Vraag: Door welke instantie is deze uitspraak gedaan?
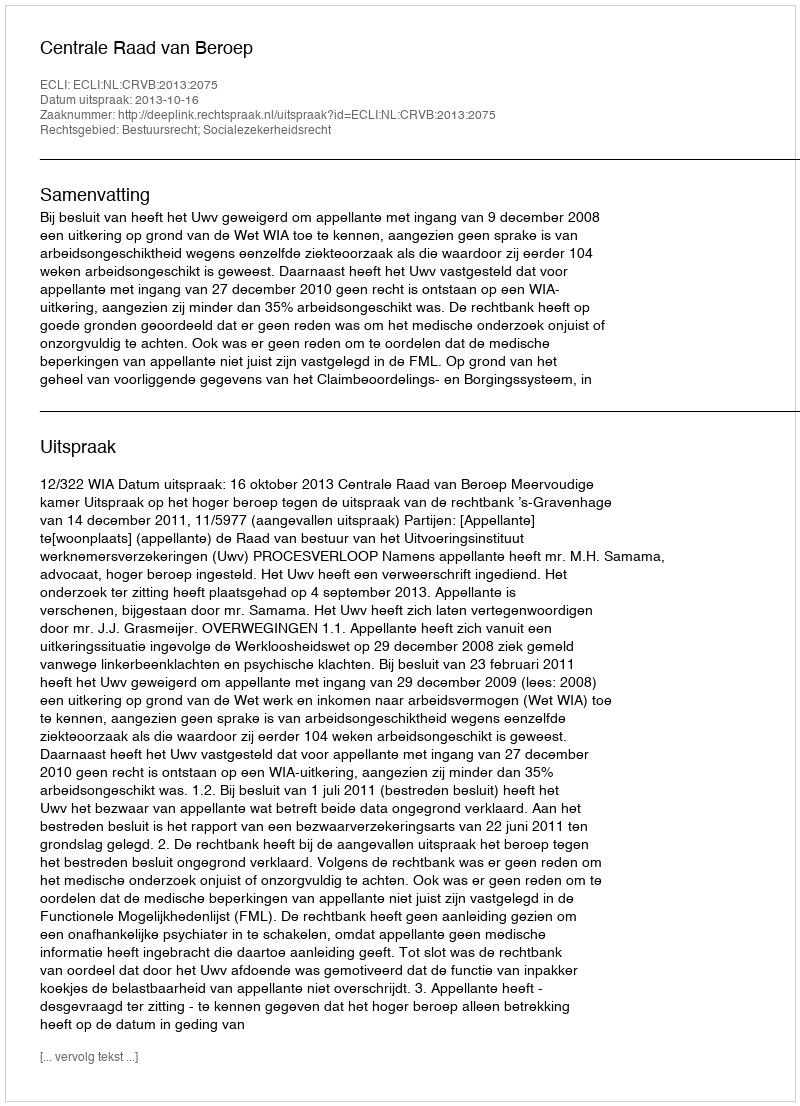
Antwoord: Centrale Raad van Beroep